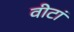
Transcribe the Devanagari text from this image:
वीटां